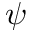
\psi